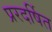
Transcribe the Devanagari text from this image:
प्ररदर्षित